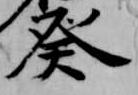
癸